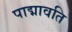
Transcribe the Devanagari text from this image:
पाद्मावति